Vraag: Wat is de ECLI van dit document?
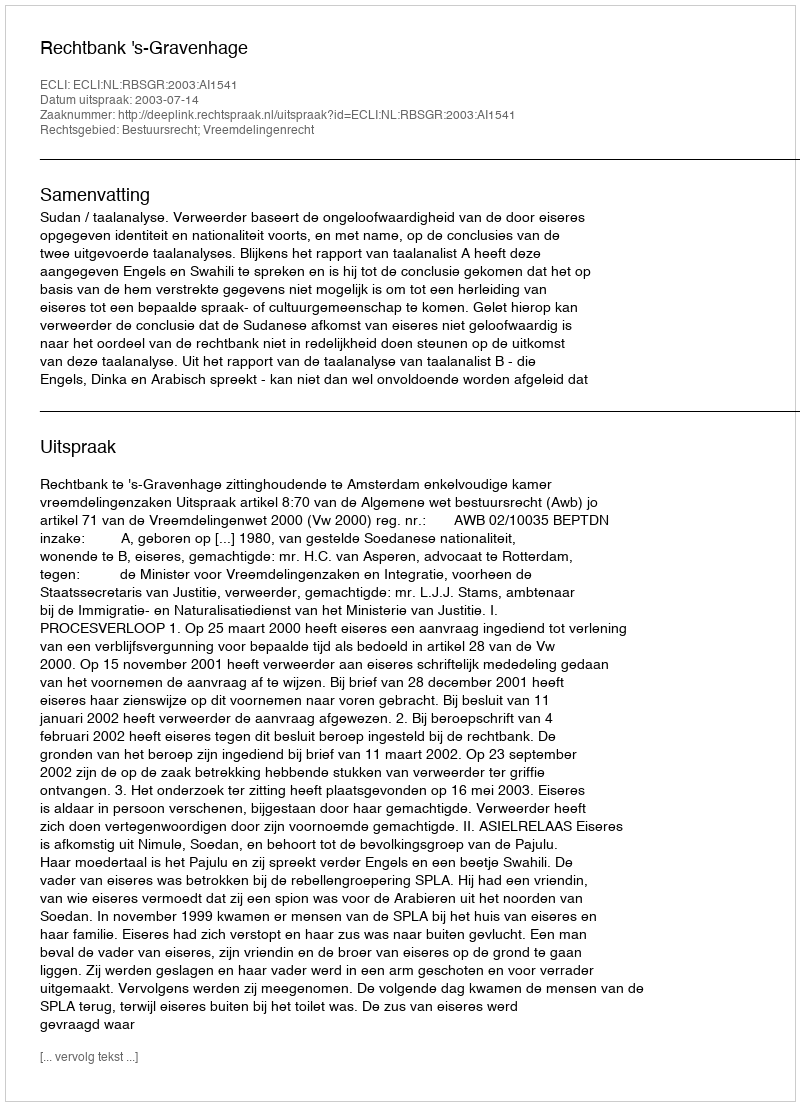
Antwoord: ECLI:NL:RBSGR:2003:AI1541